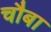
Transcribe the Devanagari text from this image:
चौबा